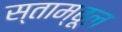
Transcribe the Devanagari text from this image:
स्ताम्बूल